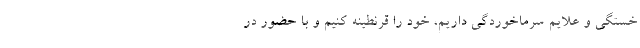
خستگی و علایم سرماخوردگی داریم، خود را قرنطینه کنیم و با حضور در